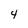
Character: 4